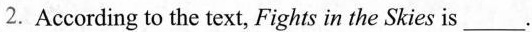
2.According to the text, Fights in the Skies is ___